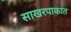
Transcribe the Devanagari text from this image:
साखरपाकात